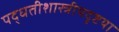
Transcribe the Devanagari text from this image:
पद्धतीशास्त्रीयदृष्टया